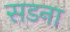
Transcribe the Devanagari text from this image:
सडना